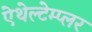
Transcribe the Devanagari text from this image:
ऐथेल्टेम्प्लर